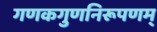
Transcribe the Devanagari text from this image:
गणकगुणनिरूपणम्